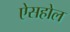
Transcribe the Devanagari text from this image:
ऐसहोल